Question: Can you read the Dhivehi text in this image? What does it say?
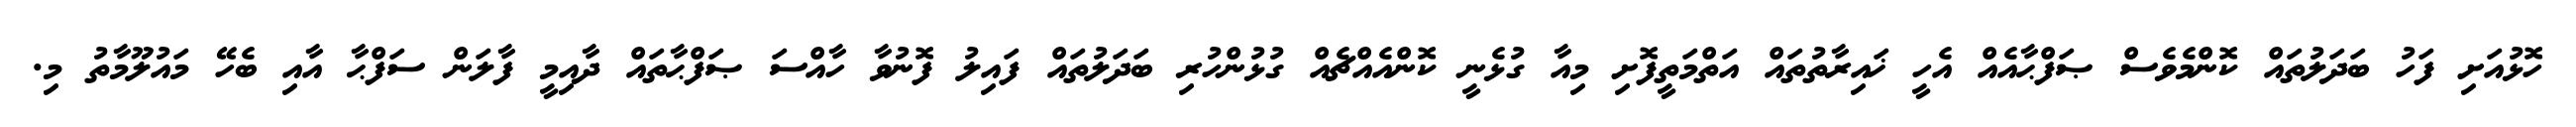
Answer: ހޮޅުއަށި ފަހު ބަދަލުތައް ކޮންމެވެސް ޞަފްޙާއެއް އެހީ ޚައިރާތުތައް އަތްމަތީފޮށި މިއާ ގުޅެނީ ކޮންއެއްޗެއް ގުޅުންހުރި ބަދަލުތައް ފައިލު ފޮނުވާ ހާއްސަ ޞަފްޙާތައް ދާއިމީ ފާލަން ސަފްޙާ އާއި ބެހޭ މައުލޫމާތު މި.